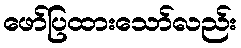
ဖော်ပြထားသော်လည်း